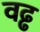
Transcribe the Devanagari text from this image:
वढ्ढ